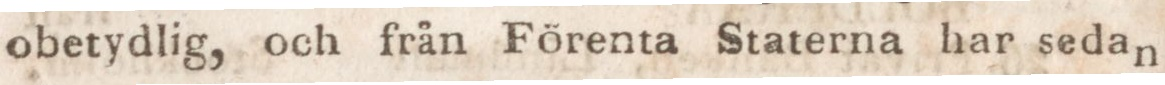
obetydlig, och från Förenta Staterna har sedan